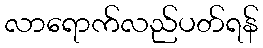
လာရောက်လည်ပတ်ရန်